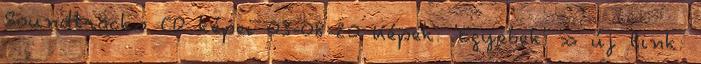
Soundtracks CD képei 03-08-20 Képek: 'Egyebek' » új link: